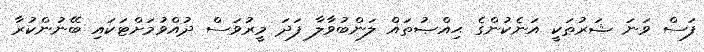
ފަސް ވަނަ ޝަރުޠަކީ އަނެކުންގެ ޙިއްޞުތައް ލަންބުވާލާ ފަދަ މީރުވަސް ދުއްވުމަށްޓަކައި ބޭނުންކުރާ